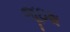
જૂઇશ